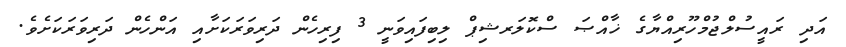
އަދި ރައީސުލްޖުމްހޫރިއްޔާގެ ޚާއްޞަ ސްކޮލަރޝިޕް ލިބިފައިވަނީ 3 ފިރިހެން ދަރިވަރަކަށާއި އަންހެން ދަރިވަރަކަށެވެ.